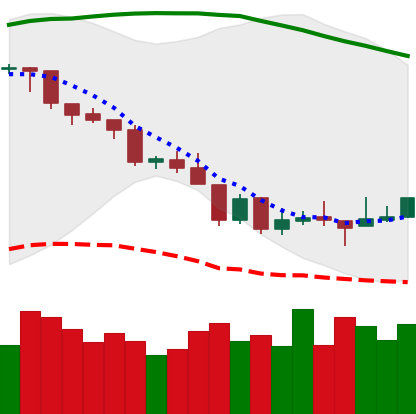
Ticker: BTC-USD
Chart end date: 2018-08-17
Forward return: -3.099%
Label: down_3_5